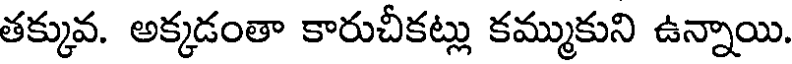
తక్కువ. అక్కడంతా కారుచీకట్లు కమ్ముకుని ఉన్నాయి.